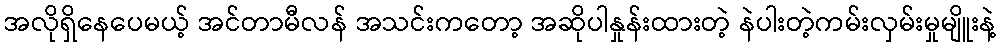
အလိုရှိနေပေမယ့် အင်တာမီလန် အသင်းကတော့ အဆိုပါနှုန်းထားတဲ့ နဲပါးတဲ့ကမ်းလှမ်းမှုမျိူးနဲ့